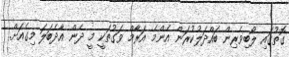
ގޮތުގައި ލޯބިވެރިން ބައްދަލުކުރަން އެންމެ އަރާމް ވަގުތަކީ މީ ދެން އާދެބަލަ މިގެއަށް..